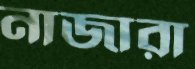
নাজারা